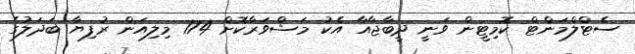
ސެޓްލްމަންޓް ކޮމިޓީން ވަނީ ދީބާޖާއާ އެކު މަޝްވަރާކޮށް 174 މިލިއަން ރުފިޔާ ބަދަލުގެ